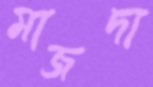
মাজদা